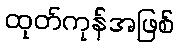
ထုတ်ကုန်အဖြစ်